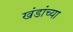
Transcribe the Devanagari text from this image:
खंडांच्‍या